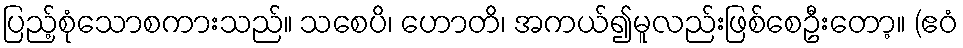
ပြည့်စုံသောစကားသည်။ သစေပိ၊ ဟောတိ၊ အကယ်၍မူလည်းဖြစ်စေဦးတော့။ (ဧဝံ